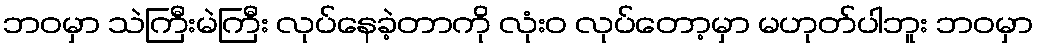
ဘဝမှာ သဲကြီးမဲကြီး လုပ်နေခဲ့တာကို လုံးဝ လုပ်တော့မှာ မဟုတ်ပါဘူး ဘဝမှာ